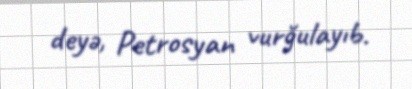
deyə, Petrosyan vurğulayıb.